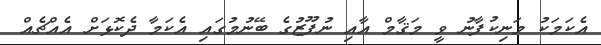
އެކަމަކު މަނިކުފާނު ވީ މަޤާމް އާއި ނުފޫޒުގެ ބޭނުމުގައި އެކަމާ ދެކޮޅަށް އެއްޗެއް